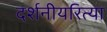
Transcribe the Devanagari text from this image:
दर्शनीयरित्या